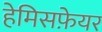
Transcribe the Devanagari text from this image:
हेमिसफ़ेयर